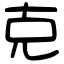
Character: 克